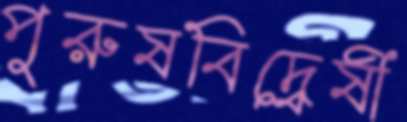
পুরুষবিদ্বেষী